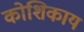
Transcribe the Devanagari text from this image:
कोशिकाय